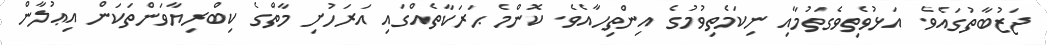
ޖަޒުބާތުގައެވެ. އަޅުވެތިވެގަތުމާއި ނިކަމެތިވުމުގެ އިންތިހާއެވެ. ކޮންމެ ޙަރަކާތެއްގައި އަރަހުށި މާތްގެ ކިބްރިޔާވަންތަކަން އިޢުލާން